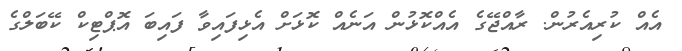
އެއް ކުރިއެރުން. ރާއްޖޭގެ އެއްކޮޅުން އަނެއް ކޮޅަށް އެޅިފައިވާ ފައިބަ އޮޕްޓިކް ކޭބަލްގެ